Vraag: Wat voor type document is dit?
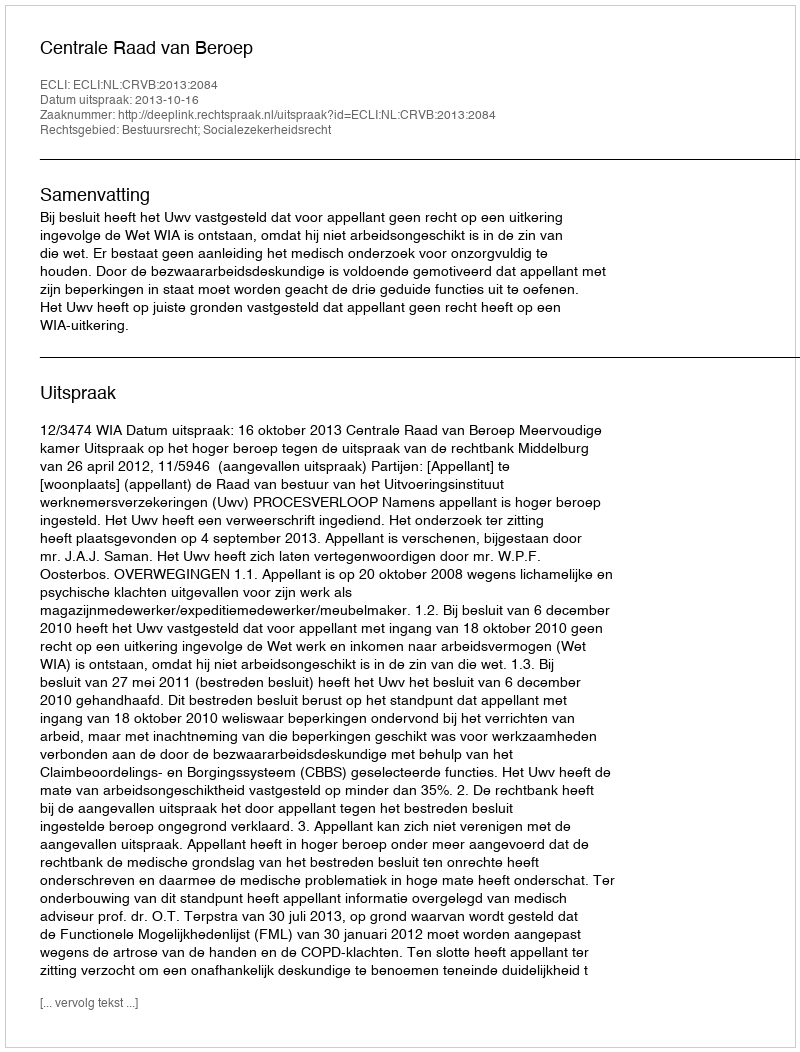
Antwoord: Uitspraak